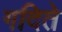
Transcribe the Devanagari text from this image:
गदिते